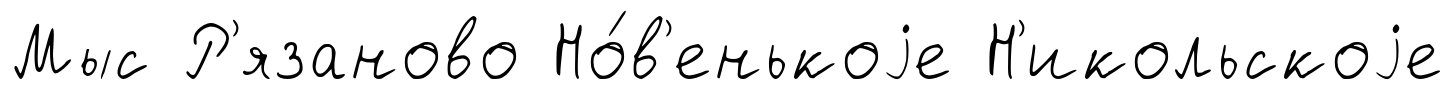
Мыс Р'язаново Но́в'енькоjе Н'икольскоjе